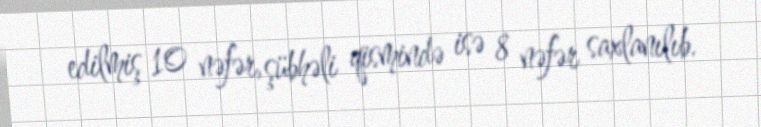
edilmiş 10 nəfər, şübhəli qismində isə 8 nəfər saxlanılıb.